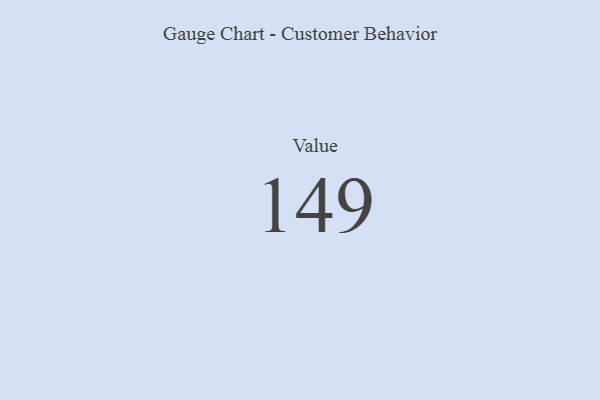
{"axis": {"x": "Metric", "y": "Value"}, "legend": [""], "data": [{"x": "Value", "y": 149, "type": ""}]}